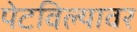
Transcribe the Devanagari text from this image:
पेटविल्यावर